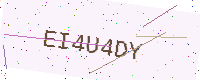
Text: EI4U4DY